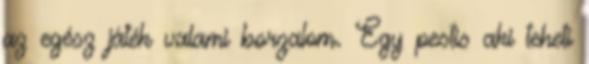
az egész játék valami borzalom. Egy pestis aki teheti